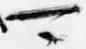
可